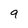
Character: 9